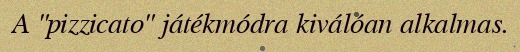
A "pizzicato" játékmódra kiválóan alkalmas.